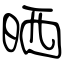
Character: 晒